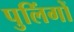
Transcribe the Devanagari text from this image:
पुलिंगों